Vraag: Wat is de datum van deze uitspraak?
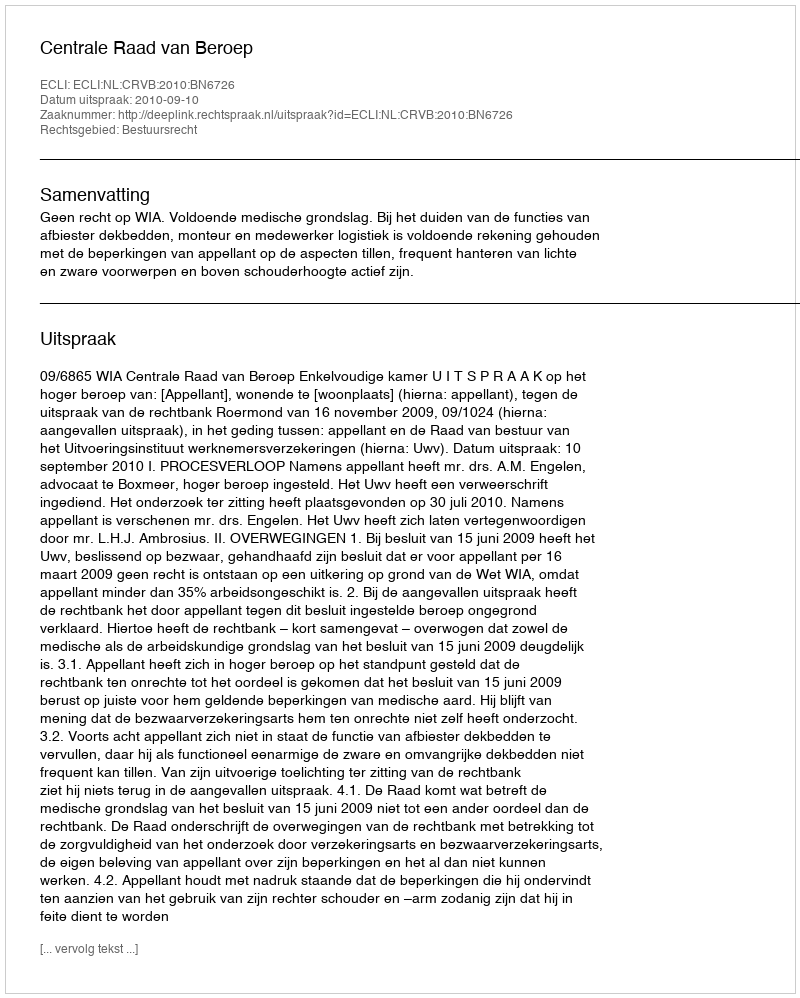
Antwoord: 2010-09-10